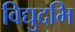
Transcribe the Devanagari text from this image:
विद्युदभि